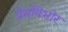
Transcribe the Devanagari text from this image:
प्रेमविभोर